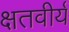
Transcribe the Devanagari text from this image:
क्षतवीर्य